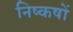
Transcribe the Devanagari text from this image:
निष्कषों